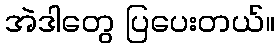
အဲဒါတွေ ပြပေးတယ်။